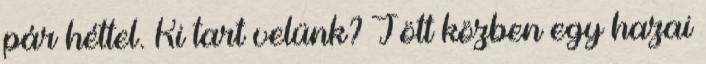
pár héttel. Ki tart velünk? Jött közben egy hazai